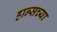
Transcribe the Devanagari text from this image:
हान्सच्या